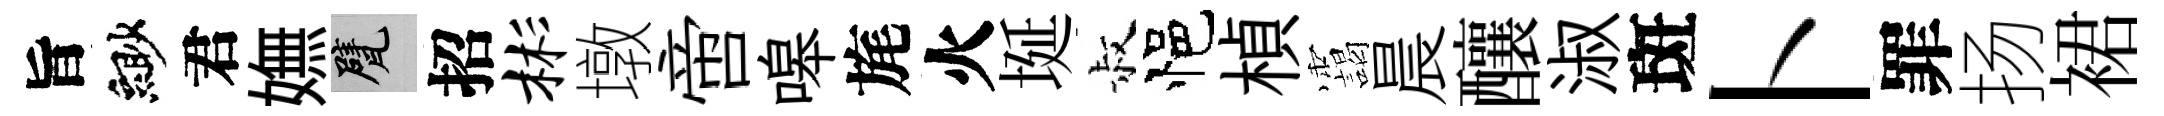
旨緲君嫵甓招彬墩啻嗥旄火埏叔悒楨靄晨釀淑斑卜罪扬裙